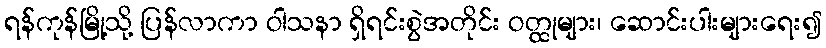
ရန်ကုန်မြို့သို့ ပြန်လာကာ ဝါသနာ ရှိရင်းစွဲအတိုင်း ဝတ္ထုများ၊ ဆောင်းပါးများရေး၍